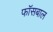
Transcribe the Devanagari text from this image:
फॉसबाल